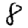
Digit: 8